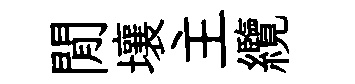
閒壤主纜